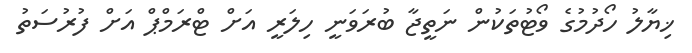
ޚިޔާލު ހޯދުމުގެ ވޯޓުތަކުން ނަތީޖާ ބުރަވަނީ ހިލަރީ އަށް ޓްރަމްޕް އަށް ފުރުސަތު